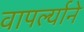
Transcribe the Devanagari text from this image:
वापर्ल्याने